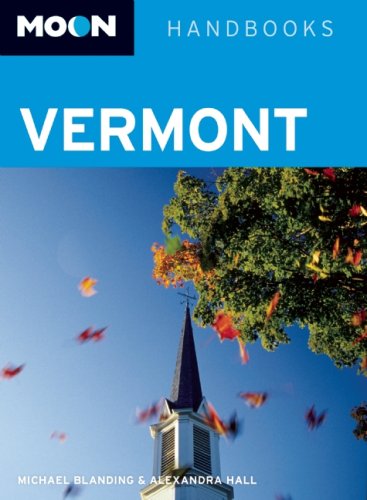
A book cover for Moon Vermont (Moon Handbooks); Michael Blanding; Travel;